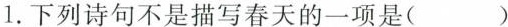
1.下列诗句不是描写春天的一项是( )